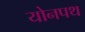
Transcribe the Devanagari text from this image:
योनपथ